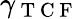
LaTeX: \gamma_{\mathrm{~T~C~F~}}